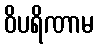
ဝိပရိဏာမ